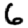
Digit: 6